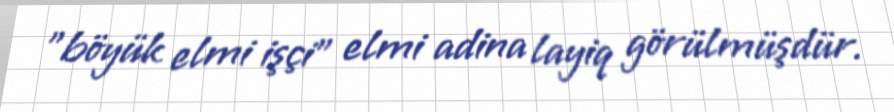
"böyük elmi işçi" elmi adina layiq görülmüşdür.